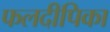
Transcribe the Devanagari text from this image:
फलदीपिका